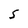
Character: S